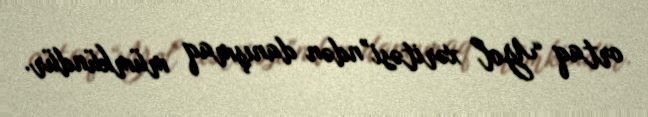
ortaq “Yol xəritəsi”ndən danışmaq mümkündür.